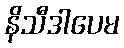
နိသီဒါပေမ